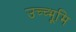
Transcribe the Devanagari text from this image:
उच्च्भूमि